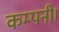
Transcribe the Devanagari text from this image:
कम्पनी।